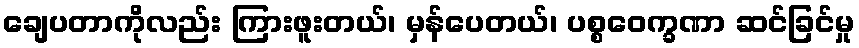
ချေပတာကိုလည်း ကြားဖူးတယ်၊ မှန်ပေတယ်၊ ပစ္စဝေက္ခဏာ ဆင်ခြင်မှု